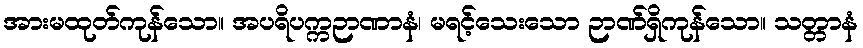
အားမထုတ်ကုန်သော။ အပရိပက္ကဉာဏာနံ၊ မရင့်သေးသော ဉာဏ်ရှိကုန်သော။ သတ္တာနံ